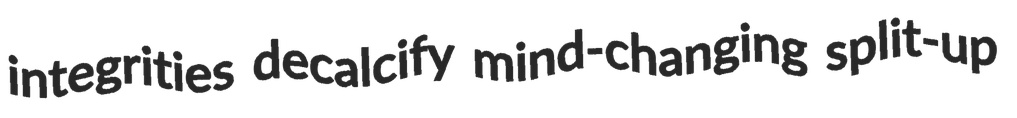
integrities decalcify mind-changing split-up